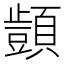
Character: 𮨜